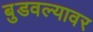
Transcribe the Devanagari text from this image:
बुडवल्यावर